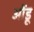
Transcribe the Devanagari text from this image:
ओंडू